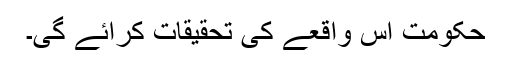
حکومت اس واقعے کی تحقیقات کرائے گی۔